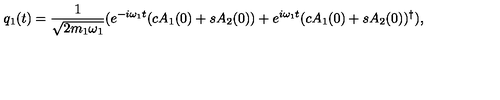
q _ { 1 } ( t ) = \frac { 1 } { \sqrt { 2 m _ { 1 } \omega _ { 1 } } } ( e ^ { - i \omega _ { 1 } t } ( c A _ { 1 } ( 0 ) + s A _ { 2 } ( 0 ) ) + e ^ { i \omega _ { 1 } t } ( c A _ { 1 } ( 0 ) + s A _ { 2 } ( 0 ) ) ^ { \dag } ) ,